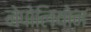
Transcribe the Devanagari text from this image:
नेपोलियोन